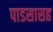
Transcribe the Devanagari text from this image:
पाडसासह